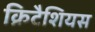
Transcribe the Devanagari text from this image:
क्रिटैशियस